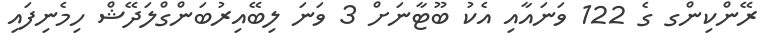
ރޭންކިންގ ގެ 122 ވަނައާއި އެކު ބޫޓާނަށް 3 ވަނަ ލިބޭއިރުބަންގްލަދޭޝް ހިމެނިފައި